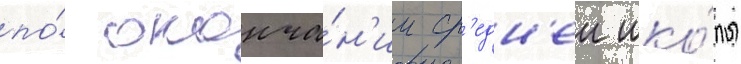
по́ оконча́н'ии ср'едн'еи шко́лы